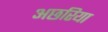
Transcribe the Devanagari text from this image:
अछरिया